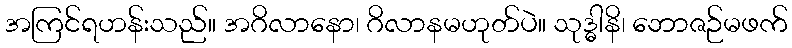
အကြင်ရဟန်းသည်။ အဂိလာနော၊ ဂိလာနမဟုတ်ပဲ။ သုဒ္ဓါနိ၊ ဘောဇဉ်မဖက်